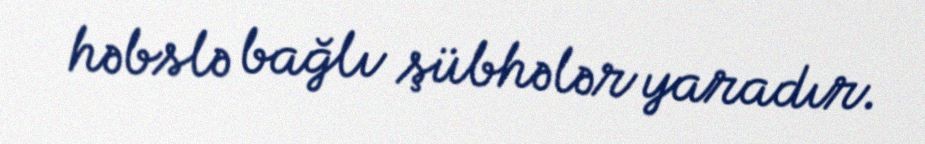
həbslə bağlı şübhələr yaradır.